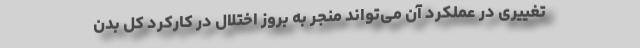
تغییری در عملکرد آن می‌تواند منجر به بروز اختلال در کارکرد کل بدن